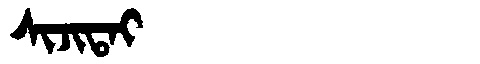
Manchu: ᠰᡳᠵᡳᡨᠠᡳ
Romanization: SIJITAI